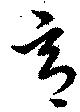
意